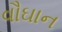
વૌઘાન